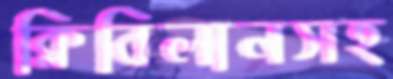
ক্লিবিলানসহ